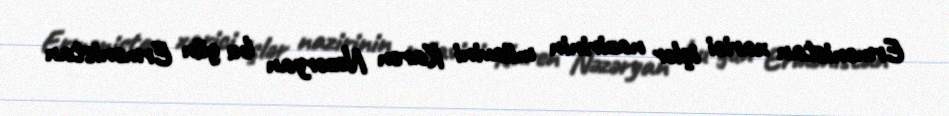
Ermənistan xarici işlər nazirinin müavini Karen Nəzəryan bu gün Ermənistan